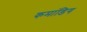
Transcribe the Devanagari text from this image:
कमांडिग